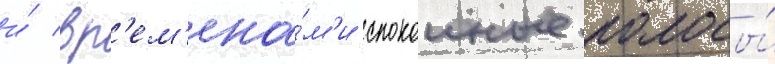
и́ вр'ем'ена́м'и спокоиные полосы́